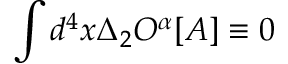
\int d ^ { 4 } x \Delta _ { 2 } O ^ { \alpha } [ A ] \equiv 0